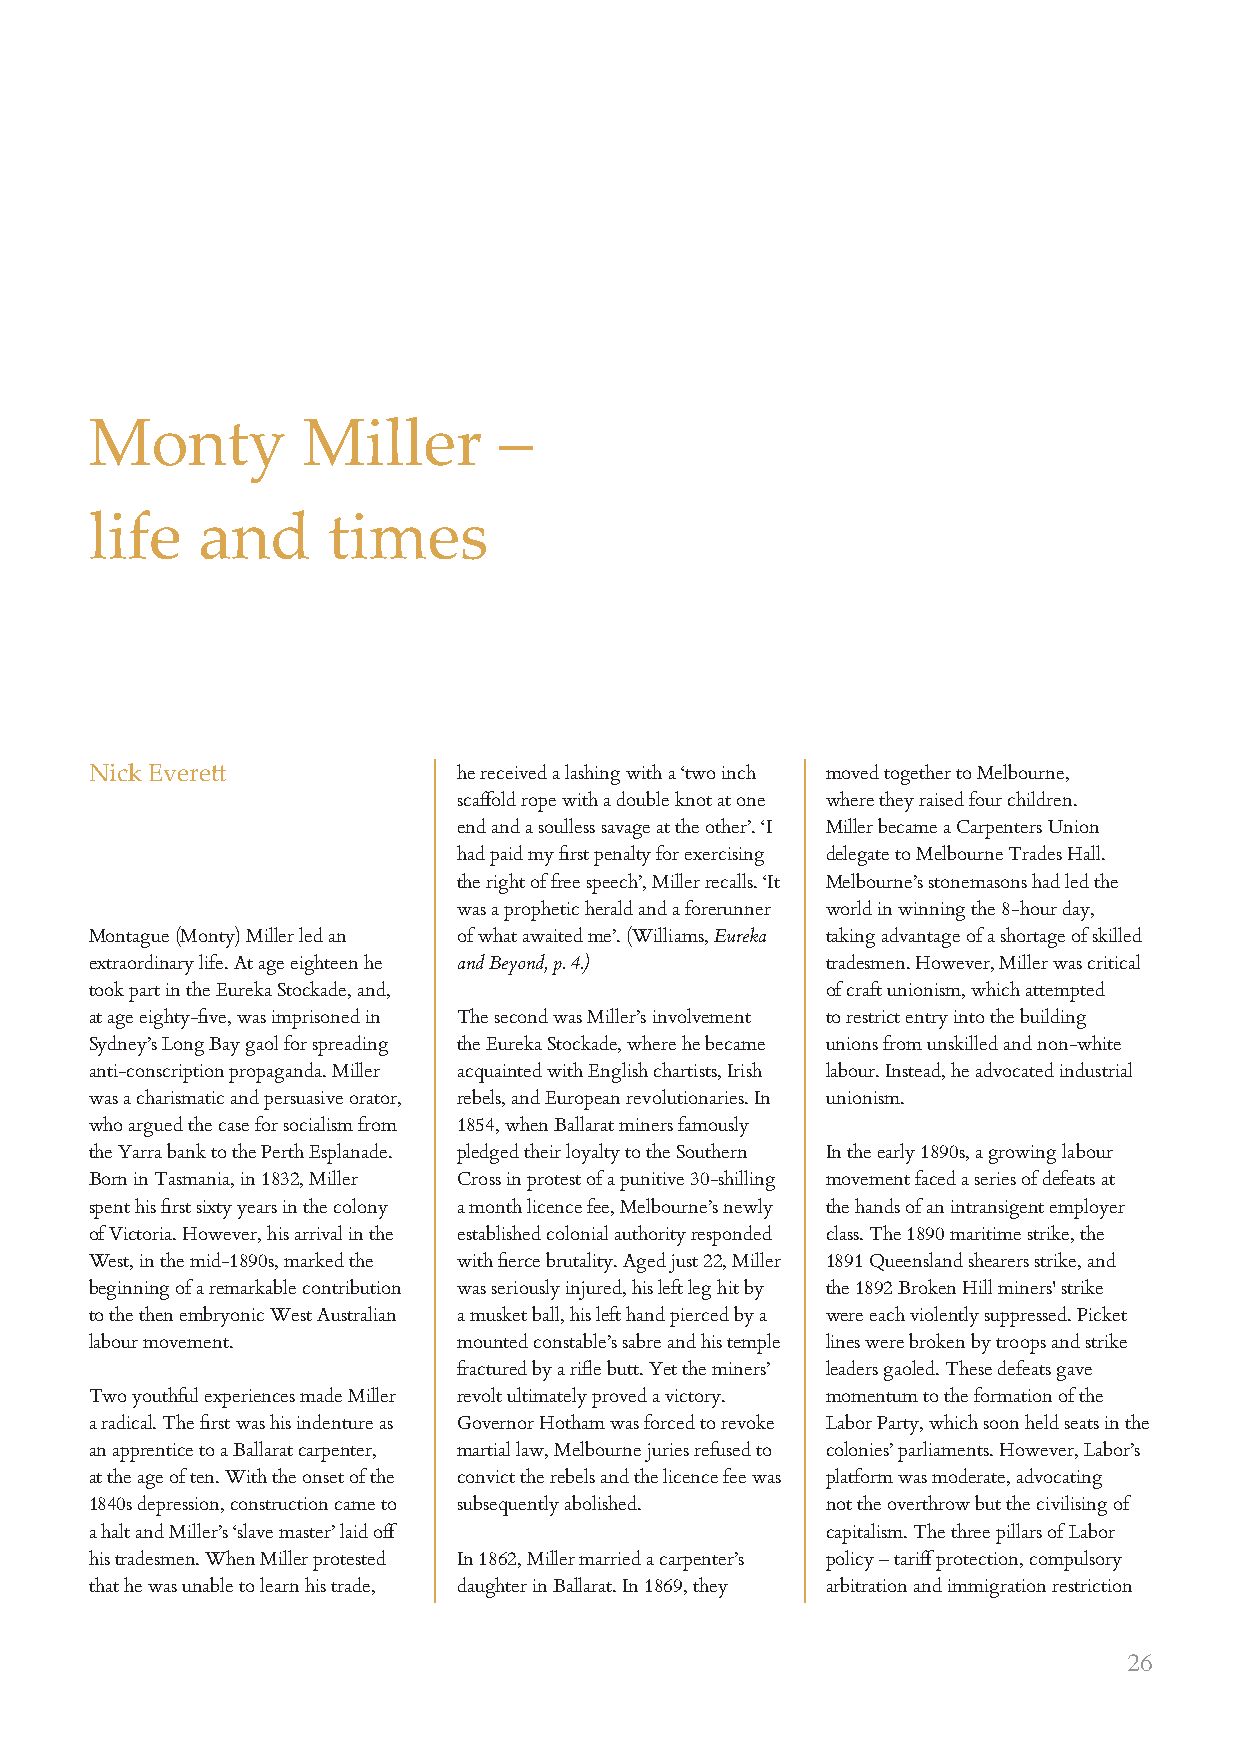
Monty         Miller       –
 life   and      times
 Nick Everett            he received a lashing with a ‘two inch moved together to Melbourne,
 scaffold rope with a double knot at one where they raised four children.
 end and a soulless savage at the other’. ‘I Miller became a Carpenters Union
 had paid my first penalty for exercising delegate to Melbourne Trades Hall.
 the right of free speech’, Miller recalls. ‘It Melbourne’s stonemasons had led the
 was a prophetic herald and a forerunner world in winning the 8-hour day,
 Montague (Monty) Miller led an of what awaited me’. (Williams, Eureka taking advantage of a shortage of skilled
 extraordinary life. At age eighteen he and Beyond, p. 4.) tradesmen. However, Miller was critical
 took part in the Eureka Stockade, and,           of craft unionism, which attempted
 at age eighty-five, was imprisoned in The second was Miller’s involvement to restrict entry into the building
 Sydney’s Long Bay gaol for spreading the Eureka Stockade, where he became unions from unskilled and non-white
 anti-conscription propaganda. Miller acquainted with English chartists, Irish labour. Instead, he advocated industrial
 was a charismatic and persuasive orator, rebels, and European revolutionaries. In unionism.
 who argued the case for socialism from 1854, when Ballarat miners famously
 the Yarra bank to the Perth Esplanade. pledged their loyalty to the Southern In the early 1890s, a growing labour
 Born in Tasmania, in 1832, Miller Cross in protest of a punitive 30-shilling movement faced a series of defeats at
 spent his first sixty years in the colony a month licence fee, Melbourne’s newly the hands of an intransigent employer
 of Victoria. However, his arrival in the established colonial authority responded class. The 1890 maritime strike, the
 West, in the mid-1890s, marked the with fierce brutality. Aged just 22, Miller 1891 Queensland shearers strike, and
 beginning of a remarkable contribution was seriously injured, his left leg hit by the 1892 Broken Hill miners' strike
 to the then embryonic West Australian a musket ball, his left hand pierced by a were each violently suppressed. Picket
 labour movement.        mounted constable’s sabre and his temple lines were broken by troops and strike
 fractured by a rifle butt. Yet the miners’ leaders gaoled. These defeats gave
 Two youthful experiences made Miller revolt ultimately proved a victory. momentum to the formation of the
 a radical. The first was his indenture as Governor Hotham was forced to revoke Labor Party, which soon held seats in the
 an apprentice to a Ballarat carpenter, martial law, Melbourne juries refused to colonies’ parliaments. However, Labor’s
 at the age of ten. With the onset of the convict the rebels and the licence fee was platform was moderate, advocating
 1840s depression, construction came to subsequently abolished. not the overthrow but the civilising of
 a halt and Miller’s ‘slave master’ laid off      capitalism. The three pillars of Labor
 his tradesmen. When Miller protested In 1862, Miller married a carpenter’s policy – tariff protection, compulsory
 that he was unable to learn his trade, daughter in Ballarat. In 1869, they arbitration and immigration restriction
 26